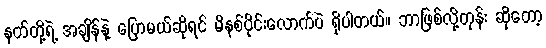
နတ်တို့ရဲ့ အချိန်နဲ့ ပြောမယ်ဆိုရင် မိနစ်ပိုင်းလောက်ပဲ ရှိပါတယ်။ ဘာဖြစ်လို့တုန်း ဆိုတော့